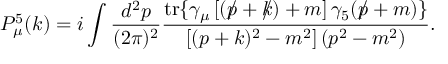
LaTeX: P _ { \mu } ^ { 5 } ( k ) = i \int \frac { d ^ { 2 } p } { ( 2 \pi ) ^ { 2 } } \frac { \mathrm { t r } \{ \gamma _ { \mu } \left[ ( p \! \! \! \slash + k \! \! \! \slash ) + m \right] \gamma _ { 5 } ( p \! \! \! \slash + m ) \} } { \left[ ( p + k ) ^ { 2 } - m ^ { 2 } \right] ( p ^ { 2 } - m ^ { 2 } ) } .